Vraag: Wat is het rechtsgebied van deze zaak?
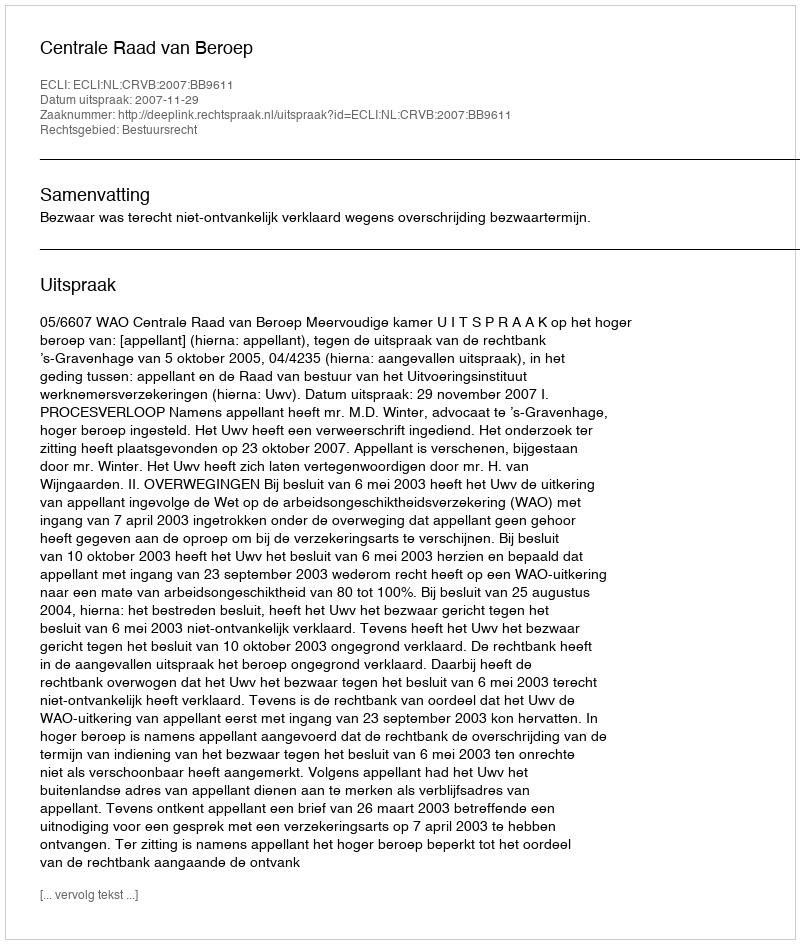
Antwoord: Bestuursrecht